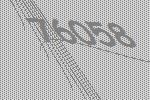
76058